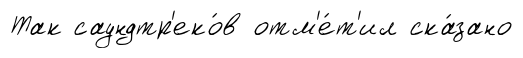
Так саундтр'еко́в отм'е́т'ил ска́зано